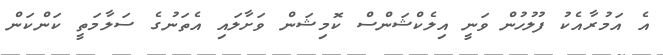
އެ އަމުރާއެކު ފުލުހުން ވަނީ އިލެކްޝަންސް ކޮމިޝަން ވަށާލައި އެތަނުގެ ސަލާމަތީ ކަންކަން